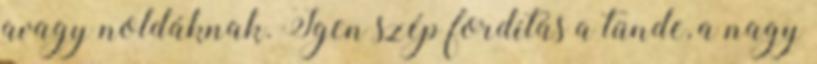
avagy noldáknak. Igen szép fordítás a tünde, a nagy